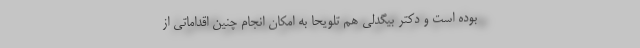
بوده است و دکتر بیگدلی هم تلویحاً به امکان انجام چنین اقداماتی از